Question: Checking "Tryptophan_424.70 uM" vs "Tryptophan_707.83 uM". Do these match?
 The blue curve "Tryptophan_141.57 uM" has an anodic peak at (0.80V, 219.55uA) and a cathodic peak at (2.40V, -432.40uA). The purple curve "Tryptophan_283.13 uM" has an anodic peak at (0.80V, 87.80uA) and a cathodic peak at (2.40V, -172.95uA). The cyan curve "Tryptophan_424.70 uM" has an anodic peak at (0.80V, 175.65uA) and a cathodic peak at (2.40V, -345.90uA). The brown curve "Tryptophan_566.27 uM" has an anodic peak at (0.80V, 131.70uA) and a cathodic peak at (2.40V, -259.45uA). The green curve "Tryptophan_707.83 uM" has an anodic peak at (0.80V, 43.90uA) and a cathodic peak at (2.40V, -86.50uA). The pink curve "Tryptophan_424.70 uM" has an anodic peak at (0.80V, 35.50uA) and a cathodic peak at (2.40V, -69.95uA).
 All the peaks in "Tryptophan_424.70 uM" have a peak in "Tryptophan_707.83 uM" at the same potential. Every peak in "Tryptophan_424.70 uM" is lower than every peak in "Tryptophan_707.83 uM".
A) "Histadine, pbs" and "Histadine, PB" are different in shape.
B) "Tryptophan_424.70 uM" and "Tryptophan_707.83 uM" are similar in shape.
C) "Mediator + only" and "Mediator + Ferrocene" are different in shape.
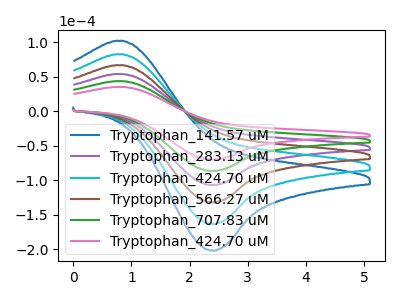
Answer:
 <answer>B) "Tryptophan_424.70 uM" and "Tryptophan_707.83 uM" are similar in shape.</answer>
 <eval>B</eval>